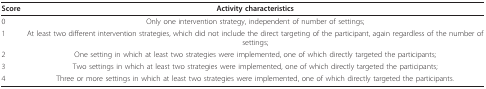
<table><thead><tr><td><b>Score</b></td><td><b>Activity characteristics</b></td></tr></thead><tbody><tr><td>0</td><td>Only one intervention strategy, independent of number of settings;</td></tr><tr><td>1</td><td>At least two different intervention strategies, which did not include the direct targeting of the participant, again regardless of the number of settings;</td></tr><tr><td>2</td><td>One setting in which at least two strategies were implemented, one of which directly targeted the participants;</td></tr><tr><td>3</td><td>Two settings in which at least two strategies were implemented, one of which directly targeted the participants;</td></tr><tr><td>4</td><td>Three or more settings in which at least two strategies were implemented, one of which directly targeted the participants.</td></tr></tbody></table>